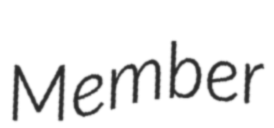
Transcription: Member